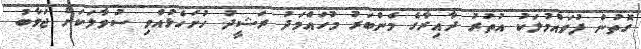
ގޮތުން ފުވައްމުލަކު އުތުރު ދާއިރާގެ މެންބަރު މުހައްމަދު ރަޝީދު ހުށަހެޅުއްވި ސުވާލަކަށް ޖަވާބު